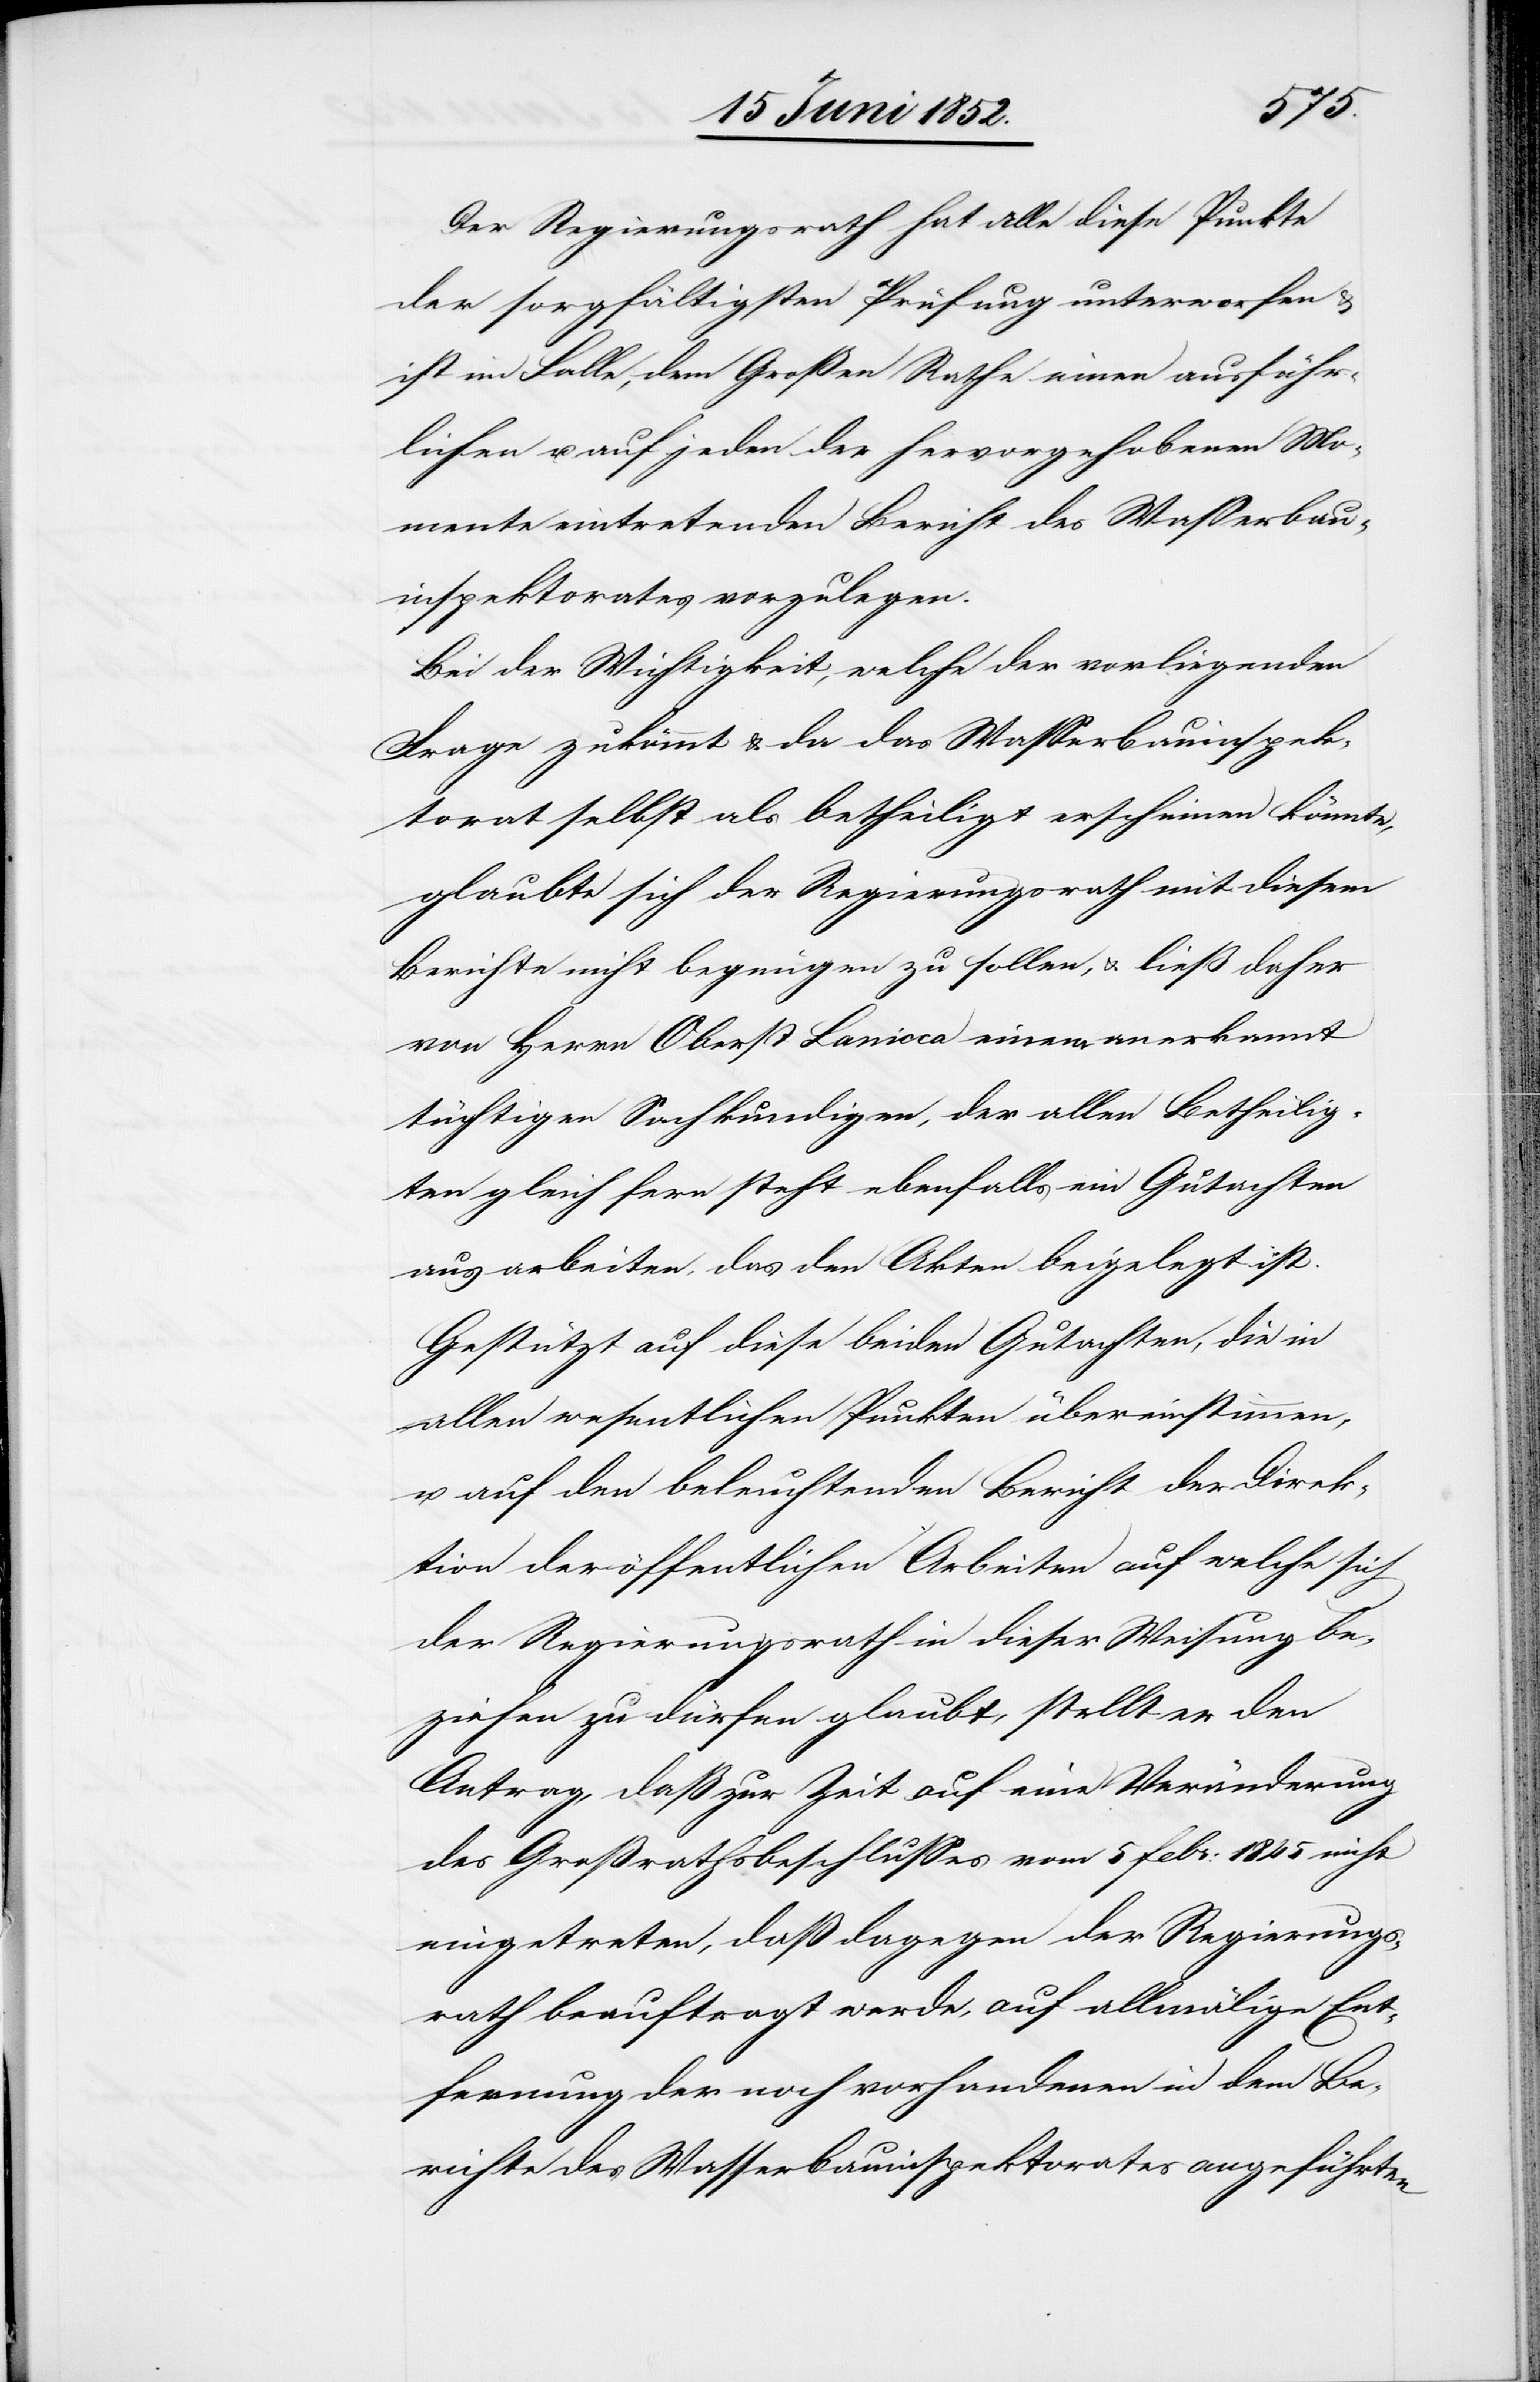
Der Regierungsrath hat alle diese Punkte
der sorgfältigsten Prüfung unterworfen &
ist im Falle, dem Großen Rathe einen ausführ¬
lichen u. auf jeden der hervorgehobenen Mo¬
mente eintretenden Bericht des Wasserbau¬
inspektorates vorzulegen.
Bei der Wichtigkeit, welche der vorliegenden
Frage zukömmt & da das Wasserbauinspek¬
torat selbst als betheiligt erscheinen könnte,
glaubte sich der Regierungsrath mit diesem
Berichte nicht begnügen zu sollen, & ließ daher
von Herrn Oberst Lanicca einem anerkannt
tüchtigen Sachkundigen, der allen Betheilig¬
ten gleich fern steht ebenfalls ein Gutachten
ausarbeiten, das den Akten beigelegt ist.
Gestützt auf diese beiden Gutachten, die in
allen wesentlichen Punkten übereinstimmen,
u. auf den beleuchtenden Bericht der Direk¬
tion der öffentlichen Arbeiten auf welche sich
der Regierungsrath in dieser Weisung be¬
ziehen zu dürfen glaubt, stellt er den
Antrag, daß zur Zeit auf eine Veränderung
des Großrathsbeschlusses vom 5 Febr: 1845 nicht
eingetreten, daß dagegen der Regierungs¬
rath beauftragt werde, auf allmälige Ent¬
fernung der noch vorhandenen in dem Be¬
richte des Wasserbauinspektorates angeführten